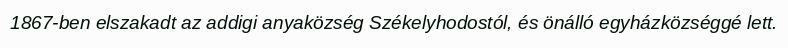
1867-ben elszakadt az addigi anyaközség Székelyhodostól, és önálló egyházközséggé lett.